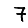
Digit: 7